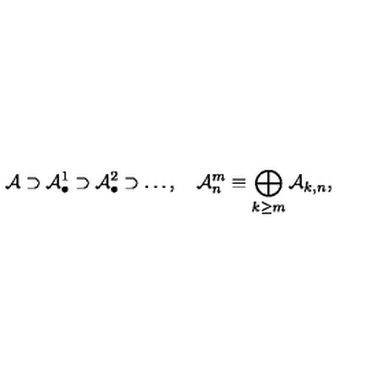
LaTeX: { \cal A } \supset { \cal A } _ { \bullet } ^ { 1 } \supset { \cal A } _ { \bullet } ^ { 2 } \supset \ldots , \quad { \cal A } _ { n } ^ { m } \equiv \bigoplus _ { k \geq m } { \cal A } _ { k , n } ,